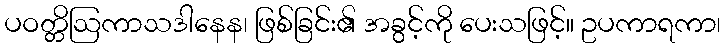
ပဝတ္တိဩကာသဒါနေန၊ ဖြစ်ခြင်း၏ အခွင့်ကို ပေးသဖြင့်။ ဥပကာရကာ၊